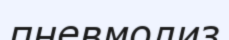
пневмолиз